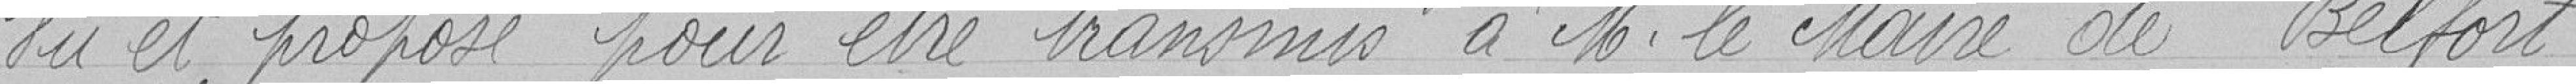
Vu et proposé pour être transmis à monsieur le maire de Belfort.